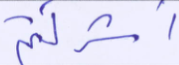
أشركتم